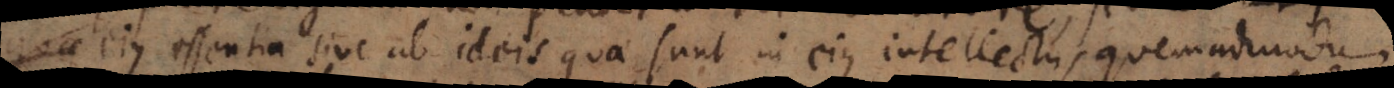
quae ejus essentia sive ab ideis quae sunt in ejus intellectu, quemadmodum